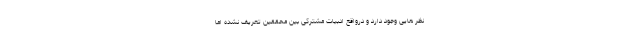
نظر هایی وجود دارد و درواقع ادبیات مشترکی بین محققین تعریف نشده اما